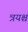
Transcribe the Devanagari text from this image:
त्रयश्च